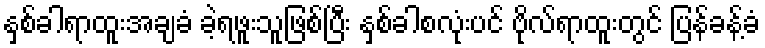
နှစ်ခါရာထူးအချခံ ခဲ့ရဖူးသူဖြစ်ပြီး နှစ်ခါစလုံးပင် ဗိုလ်ရာထူးတွင် ပြန်ခန့်ခံ